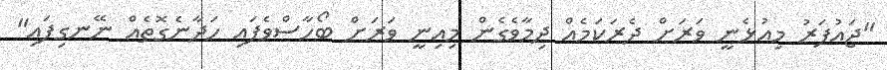
"ޖައުފަރު މިއުޅެނީ ވަރަށް ދެރަކަމެއް ދިމާވެގެން މިއިނީ ވަރަށް ބޯހާސްވެފައި ހަދާނެގޮތެއް ނޭނގިފައި"